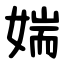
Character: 媏